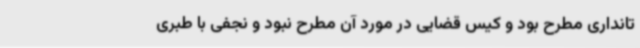
تانداری مطرح بود و کیس قضایی در مورد آن مطرح نبود و نجفی با طبری